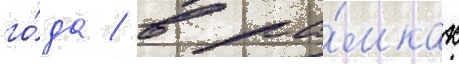
го́да / в ра́мках